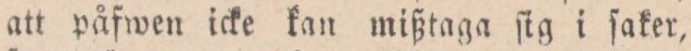
att påfwen icke kan mißtaga ſig i ſaker,